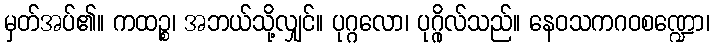
မှတ်အပ်၏။ ကထဉ္စ၊ အဘယ်သို့လျှင်။ ပုဂ္ဂလော၊ ပုဂ္ဂိုလ်သည်။ နေဝသကဂဝစဏ္ဍော၊